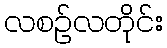
လစဉ်လတိုင်း